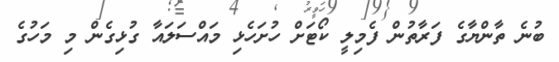
ބުނެ ތާންޔާގެ ފަރާތުން ފެމިލީ ކޯޓަށް ހުށަހެޅި މައްސަލައާ ގުޅިގެން މި މަހުގެ